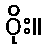
ဝိုး။